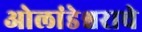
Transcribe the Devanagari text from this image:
ओलांडेश्वराचे